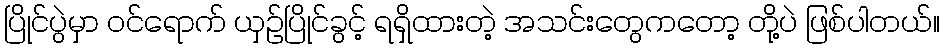
ပြိုင်ပွဲမှာ ဝင်ရောက် ယှဉ်ပြိုင်ခွင့် ရရှိထားတဲ့ အသင်းတွေကတော့ တို့ပဲ ဖြစ်ပါတယ်။